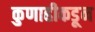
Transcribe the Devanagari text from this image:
कुणाहीकडून